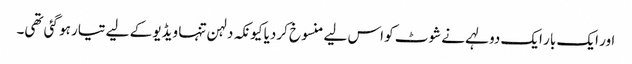
اور ایک بار ایک دولہے نے شوٹ کو اس لیے منسوخ کردیا کیونکہ دلہن تنہا ویڈیو کے لیے تیار ہو گئی تھی۔